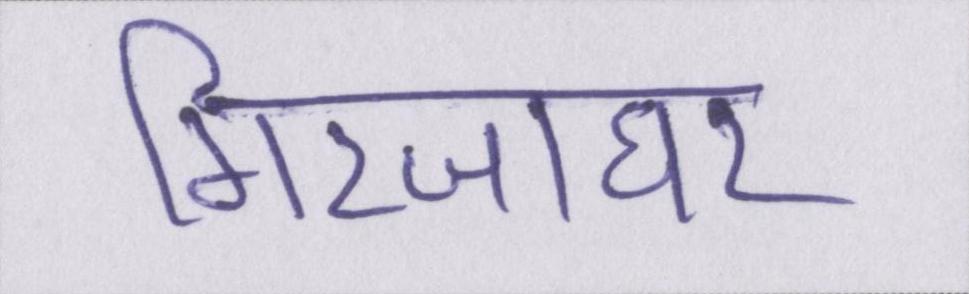
गिरजाघर